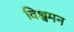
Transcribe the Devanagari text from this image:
विश्वमन